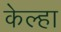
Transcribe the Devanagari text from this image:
केल्हा